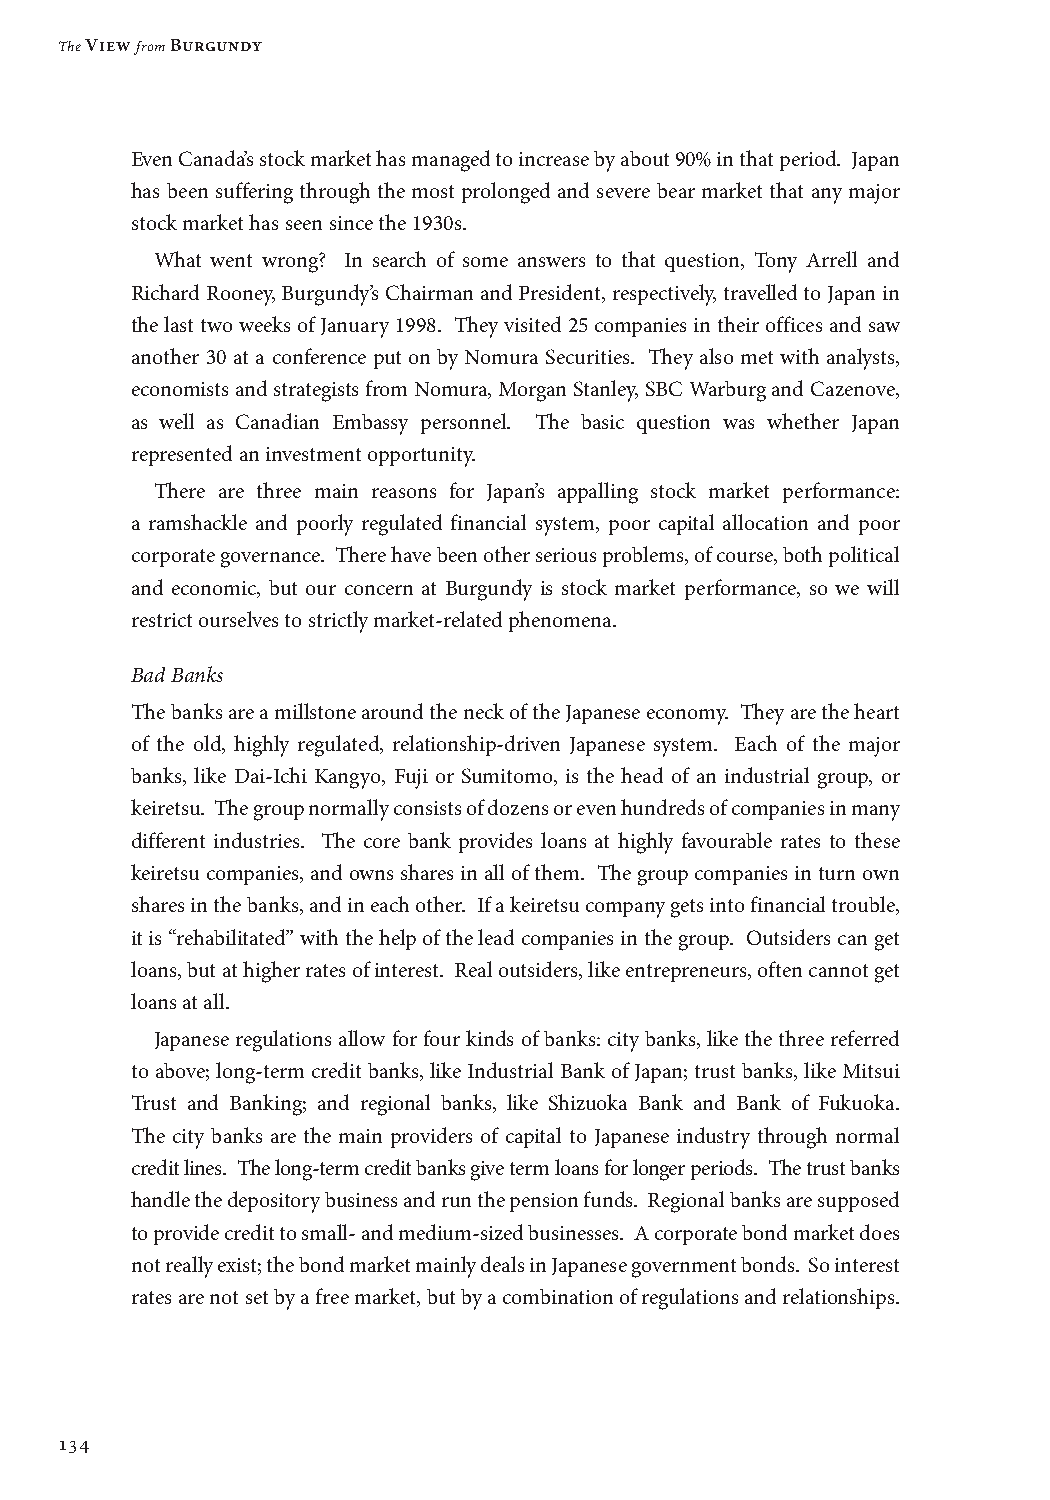
The View from Burgundy
 Even Canada’s stock market has managed to increase by about 90% in that period. Japan
 has been suffering through the most prolonged and severe bear market that any major
 stock market has seen since the 1930s.
 What went wrong? In search of some answers to that question, Tony Arrell and
 Richard Rooney, Burgundy’s Chairman and President, respectively, travelled to Japan in
 the last two weeks of January 1998. They visited 25 companies in their offices and saw
 another 30 at a conference put on by Nomura Securities. They also met with analysts,
 economists and strategists from Nomura, Morgan Stanley, SBC Warburg and Cazenove,
 as well as Canadian Embassy personnel. The basic question was whether Japan
 represented an investment opportunity.
 There are three main reasons for Japan’s appalling stock market performance:
 a ramshackle and poorly regulated financial system, poor capital allocation and poor
 corporate governance. There have been other serious problems, of course, both political
 and economic, but our concern at Burgundy is stock market performance, so we will
 restrict ourselves to strictly market-related phenomena.
 Bad Banks
 The banks are a millstone around the neck of the Japanese economy. They are the heart
 of the old, highly regulated, relationship-driven Japanese system. Each of the major
 banks, like Dai-Ichi Kangyo, Fuji or Sumitomo, is the head of an industrial group, or
 keiretsu. The group normally consists of dozens or even hundreds of companies in many
 different industries. The core bank provides loans at highly favourable rates to these
 keiretsu companies, and owns shares in all of them. The group companies in turn own
 shares in the banks, and in each other. If a keiretsu company gets into financial trouble,
 it is “rehabilitated” with the help of the lead companies in the group. Outsiders can get
 loans, but at higher rates of interest. Real outsiders, like entrepreneurs, often cannot get
 loans at all.
 Japanese regulations allow for four kinds of banks: city banks, like the three referred
 to above; long-term credit banks, like Industrial Bank of Japan; trust banks, like Mitsui
 Trust and Banking; and regional banks, like Shizuoka Bank and Bank of Fukuoka.
 The city banks are the main providers of capital to Japanese industry through normal
 credit lines. The long-term credit banks give term loans for longer periods. The trust banks
 handle the depository business and run the pension funds. Regional banks are supposed
 to provide credit to small- and medium-sized businesses. A corporate bond market does
 not really exist; the bond market mainly deals in Japanese government bonds. So interest
 rates are not set by a free market, but by a combination of regulations and relationships.
 134